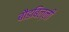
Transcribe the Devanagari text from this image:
बौडबिल्ली